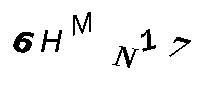
6HMN17